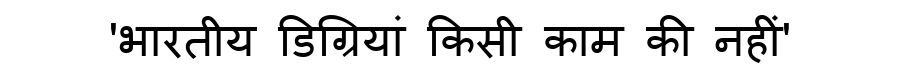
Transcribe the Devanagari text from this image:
'भारतीय डिग्रियां किसी काम की नहीं'